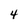
Character: 4